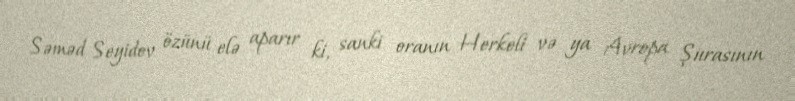
Səməd Seyidov özünü elə aparır ki, sanki oranın Herkeli və ya Avropa Şurasının